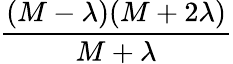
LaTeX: \frac{(M-\lambda)(M+2\lambda)}{M+\lambda}